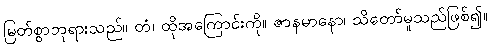
မြတ်စွာဘုရားသည်။ တံ၊ ထိုအကြောင်းကို။ ဇာနမာနော၊ သိတော်မူသည်ဖြစ်၍။